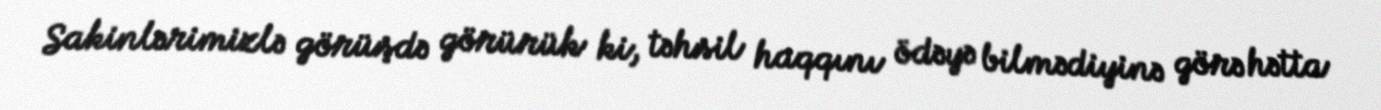
Sakinlərimizlə görüşdə görürük ki, təhsil haqqını ödəyə bilmədiyinə görə hətta